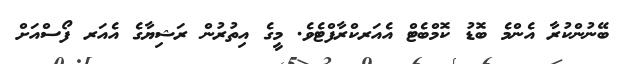
ބޭނުންކުރާ އެންމެ ބޮޑު ކޮމްބެޓް އެއަރކްރާފްޓެވެ. މީގެ އިތުރުން ރަޝިޔާގެ އެއަރ ފޯސްއަށް